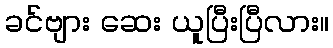
ခင်ဗျား ဆေး ယူပြီးပြီလား။